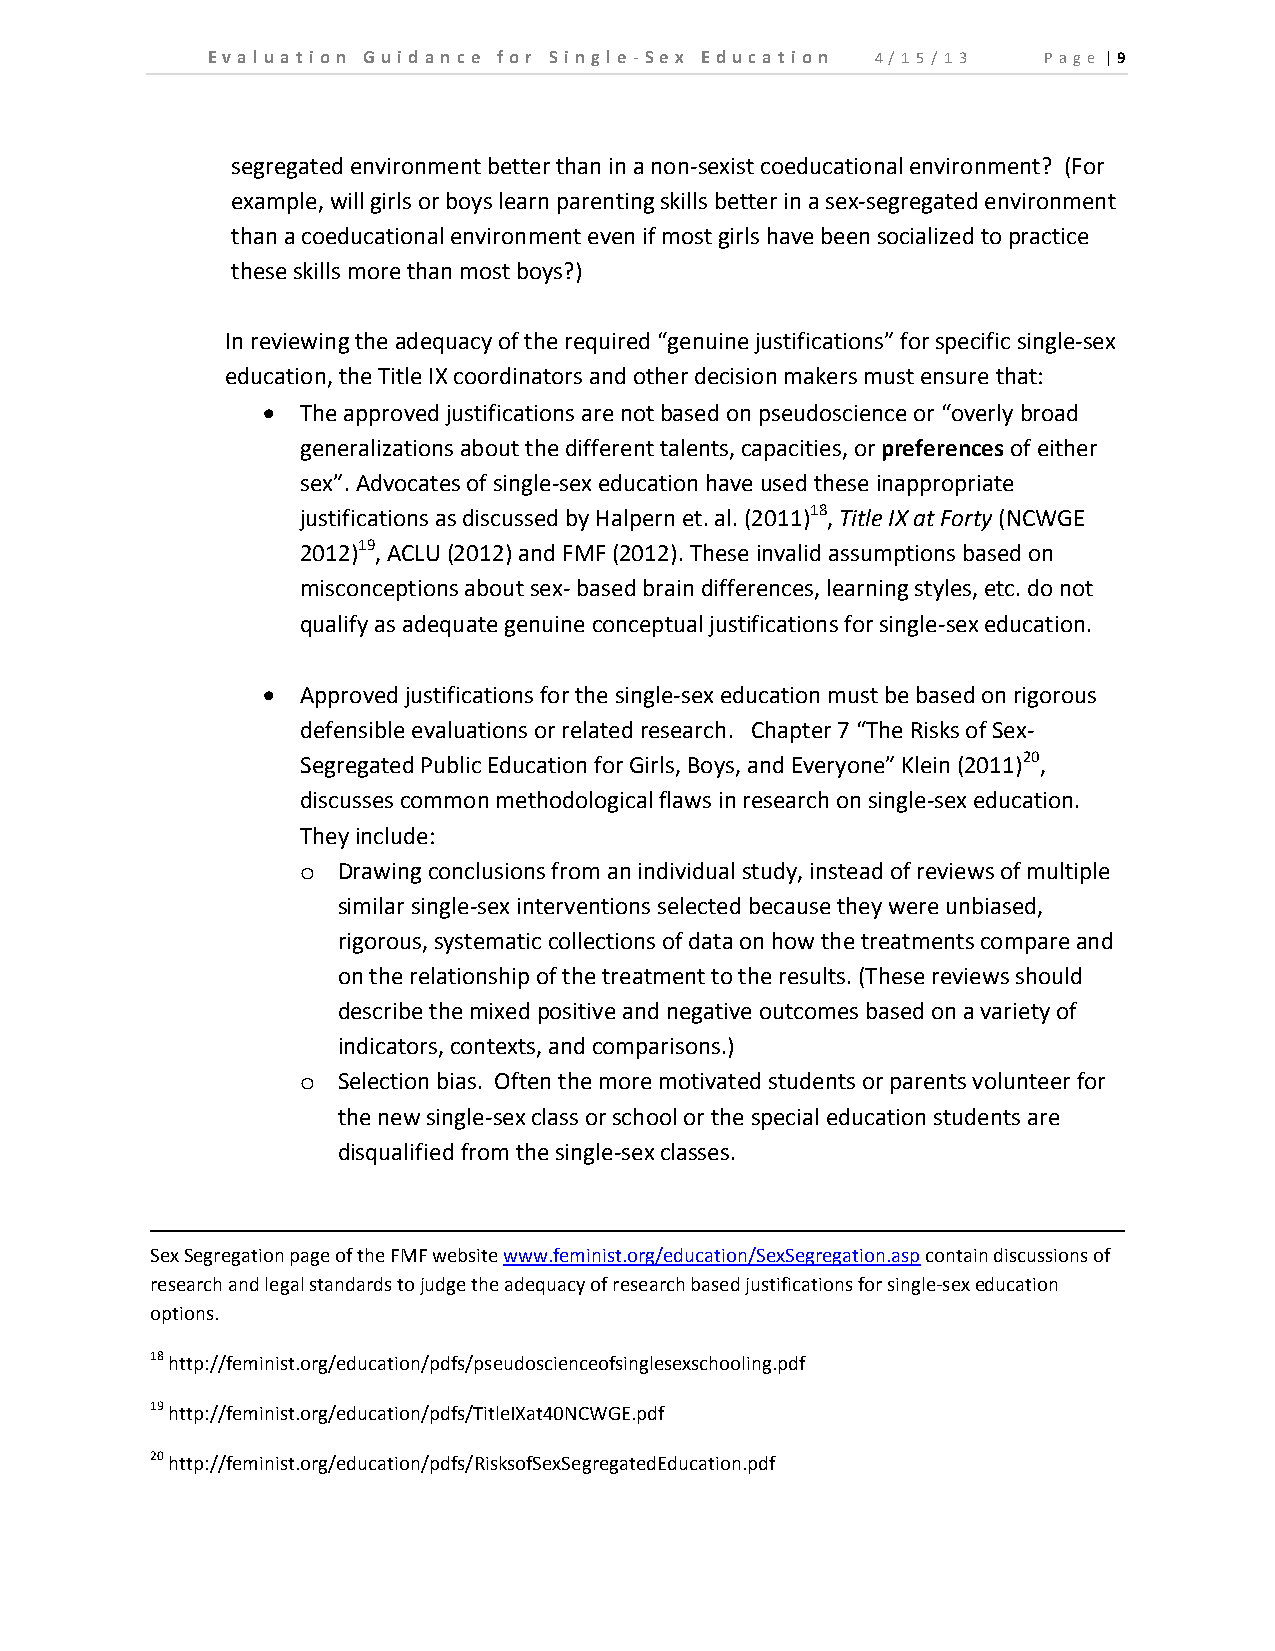
E v a l u a t i o n Gu id an c e fo r Si n gl e ‐ Se x E d u c a t io n 4/1 5/ 13 P a g e | 9
 segregated environment better than in a non‐sexist coeducational environment? (For
 example, will girls or boys learn parenting skills better in a sex‐segregated environment
 than a coeducational environment even if most girls have been socialized to practice
 these skills more than most boys?)
 In reviewing the adequacy of the required “genuine justifications” for specific single‐sex
 education, the Title IX coordinators and other decision makers must ensure that:
   The approved justifications are not based on pseudoscience or “overly broad
 generalizations about the different talents, capacities, or preferences of either
 sex”. Advocates of single‐sex education have used these inappropriate
 justifications as discussed by Halpern et. al. (2011)18, Title IX at Forty (NCWGE
 2012)19, ACLU (2012) and FMF (2012). These invalid assumptions based on
 misconceptions about sex‐ based brain differences, learning styles, etc. do not
 qualify as adequate genuine conceptual justifications for single‐sex education.
   Approved justifications for the single‐sex education must be based on rigorous
 defensible evaluations or related research. Chapter 7 “The Risks of Sex‐
 Segregated Public Education for Girls, Boys, and Everyone” Klein (2011)20,
 discusses common methodological flaws in research on single‐sex education.
 They include:
 o Drawing conclusions from an individual study, instead of reviews of multiple
 similar single‐sex interventions selected because they were unbiased,
 rigorous, systematic collections of data on how the treatments compare and
 on the relationship of the treatment to the results. (These reviews should
 describe the mixed positive and negative outcomes based on a variety of
 indicators, contexts, and comparisons.)
 o Selection bias. Often the more motivated students or parents volunteer for
 the new single‐sex class or school or the special education students are
 disqualified from the single‐sex classes.
 Sex Segregation page of the FMF website www.feminist.org/education/SexSegregation.asp contain discussions of
 research and legal standards to judge the adequacy of research based justifications for single‐sex education
 options.
 18 http://feminist.org/education/pdfs/pseudoscienceofsinglesexschooling.pdf
 19 http://feminist.org/education/pdfs/TitleIXat40NCWGE.pdf
 20 http://feminist.org/education/pdfs/RisksofSexSegregatedEducation.pdf